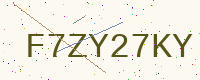
Text: F7ZY27KY